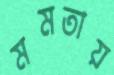
মমতায়